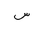
Letter: _sin